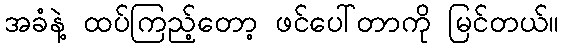
အခံနဲ့ ထပ်ကြည့်တော့ ဖင်ပေါ်တာကို မြင်တယ်။